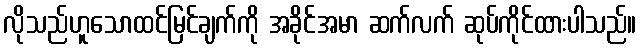
လိုသည်ဟူသောထင်မြင်ချက်ကို အခိုင်အမာ ဆက်လက် ဆုပ်ကိုင်ထားပါသည်။